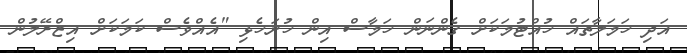
އަދި ހަމަލާތައް ހުއްޓުމަކަށް ގެންނަން ހަމާސް އިން ހުށަހެޅި "އެއްވެސް ކަމަކަށް އިޒްރޭލުން